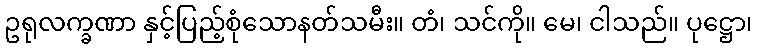
ဥရုလက္ခဏာ နှင့်ပြည့်စုံသောနတ်သမီး။ တံ၊ သင်ကို။ မေ၊ ငါသည်။ ပုဋ္ဌော၊